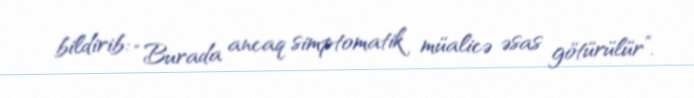
bildirib: “Burada ancaq simptomatik müalicə əsas götürülür”.